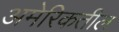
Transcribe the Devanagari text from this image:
अमेरिकतील